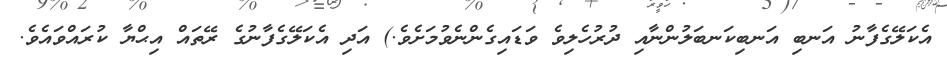
އެކަލޭގެފާނު އަނބި އަނބިކަނބަލުންނާއި ދުރުހެލިވެ ވަޑައިގެންނެވުމަށެވެ.) އަދި އެކަލޭގެފާނުގެ ރޭތައް އިޙްޔާ ކުރައްވައެވެ.